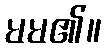
မမ၏။